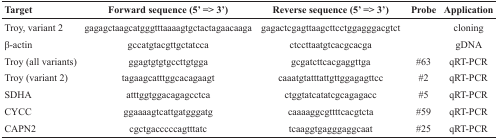
<table><thead><tr><td><b>Target</b></td><td><b>Forward sequence (5’ =&gt; 3’)</b></td><td><b>Reverse sequence (5’ =&gt; 3’)</b></td><td><b>Probe</b></td><td><b>Application</b></td></tr></thead><tbody><tr><td>Troy, variant 2</td><td>gagagctaagcatgggtttaaaagtgctactagaacaaga</td><td>gagactcgagttaagcttcctggagggacgtct</td><td></td><td>cloning</td></tr><tr><td>β-actin</td><td>gccatgtacgttgctatcca</td><td>ctccttaatgtcacgcacga</td><td></td><td>gDNA</td></tr><tr><td>Troy (all variants)</td><td>ggagtgtgtgccttgtgga</td><td>gcgatcttcacgaggttga</td><td>#63</td><td>qRT-PCR</td></tr><tr><td>Troy (variant 2)</td><td>tagaagcatttggcacagaagt</td><td>caaatgtatttattgttggagagttcc</td><td>#2</td><td>qRT-PCR</td></tr><tr><td>SDHA</td><td>atttggtggacagagcctca</td><td>ctggtatcatatcgcagagacc</td><td>#5</td><td>qRT-PCR</td></tr><tr><td>CYCC</td><td>ggaaaagtcattgatgggatg</td><td>caaaaggcgttttcacgtcta</td><td>#59</td><td>qRT-PCR</td></tr><tr><td>CAPN2</td><td>cgctgacccccagtttatc</td><td>tcaaggtgagggaggcaat</td><td>#25</td><td>qRT-PCR</td></tr></tbody></table>